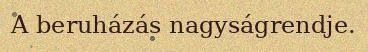
A beruházás nagyságrendje.